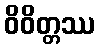
ဝိဝိတ္တဿ